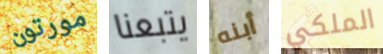
مورتون يتبعنا أبنه الملكي